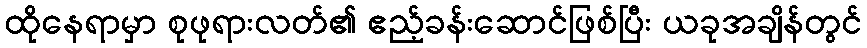
ထိုနေရာမှာ စုဖုရားလတ်၏ ဧည့်ခန်းဆောင်ဖြစ်ပြီး ယခုအချိန်တွင်